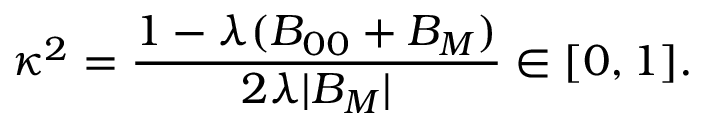
\kappa ^ { 2 } = \frac { 1 - \lambda ( B _ { 0 0 } + B _ { M } ) } { 2 \lambda | B _ { M } | } \in [ 0 , 1 ] .